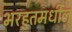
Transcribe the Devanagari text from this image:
भरहुतमधील